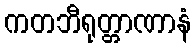
ကတဘီရုတ္တာဏာနံ